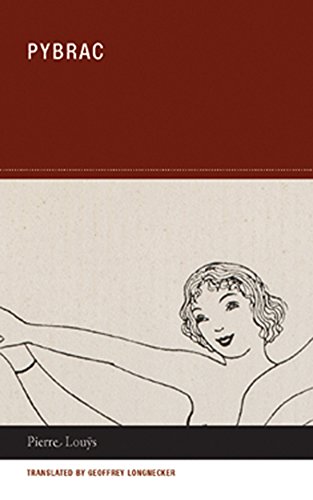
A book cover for Pybrac; Pierre LouÃ¿s; Romance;